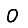
Digit: 0